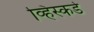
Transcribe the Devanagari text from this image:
व्हिस्कर्ड